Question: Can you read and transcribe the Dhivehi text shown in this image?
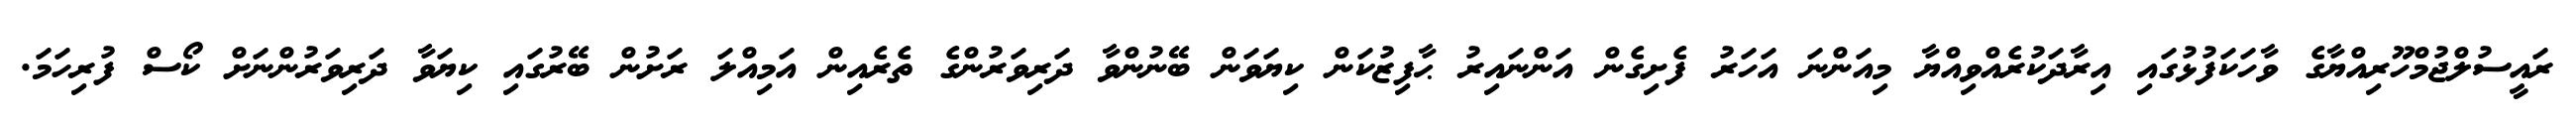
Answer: ރައީސުލްޖުމްހޫރިއްޔާގެ ވާހަކަފުޅުގައި އިރާދަކުރެއްވިއްޔާ މިއަންނަ އަހަރު ފެށިގެން އަންނައިރު ޙާފިޒުކަން ކިޔަވަން ބޭނުންވާ ދަރިވަރުންގެ ތެރެއިން އަމިއްލަ ރަށުން ބޭރުގައި ކިޔަވާ ދަރިވަރުންނަށް ކޯސް ފުރިހަމަ.